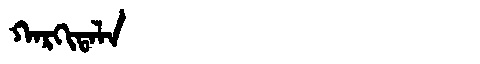
Manchu: ᡴᠠᡵᡴᡳᡨᠠᠯᠠ
Romanization: KARKITALA